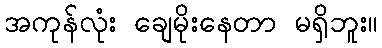
အကုန်လုံး ချေမိုးနေတာ မရှိဘူး။